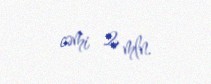
cəmi 2 mln.